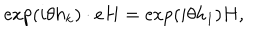
\exp ( i \theta h _ { k } ) \cdot e H = \exp ( i \theta h _ { 1 } ) H ,